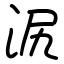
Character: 泦